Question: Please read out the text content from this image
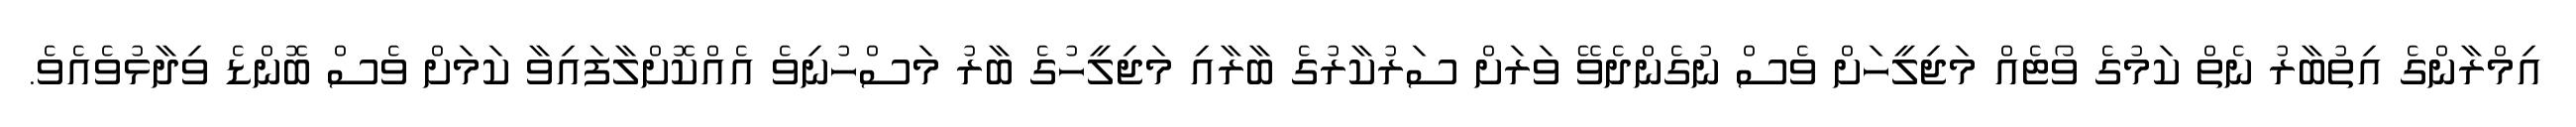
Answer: އިމްރާންގެ އިތުބާރު ނެތް ކަމުގެ ވޯޓެއް މަޖިލީހަށް ވެސް ނުގެންދެވޭ ވަރަށް ސަރުކާރުގެ ބާރާއި މަޖިލީހުގެ ބާރު މަސްހުނިވެ އެއްކޮށްލާފައިވާ ކަމަށް ވެސް ބޮންޑެ ވިދާޅުވެއެވެ.